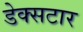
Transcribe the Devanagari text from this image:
डेक्सटार